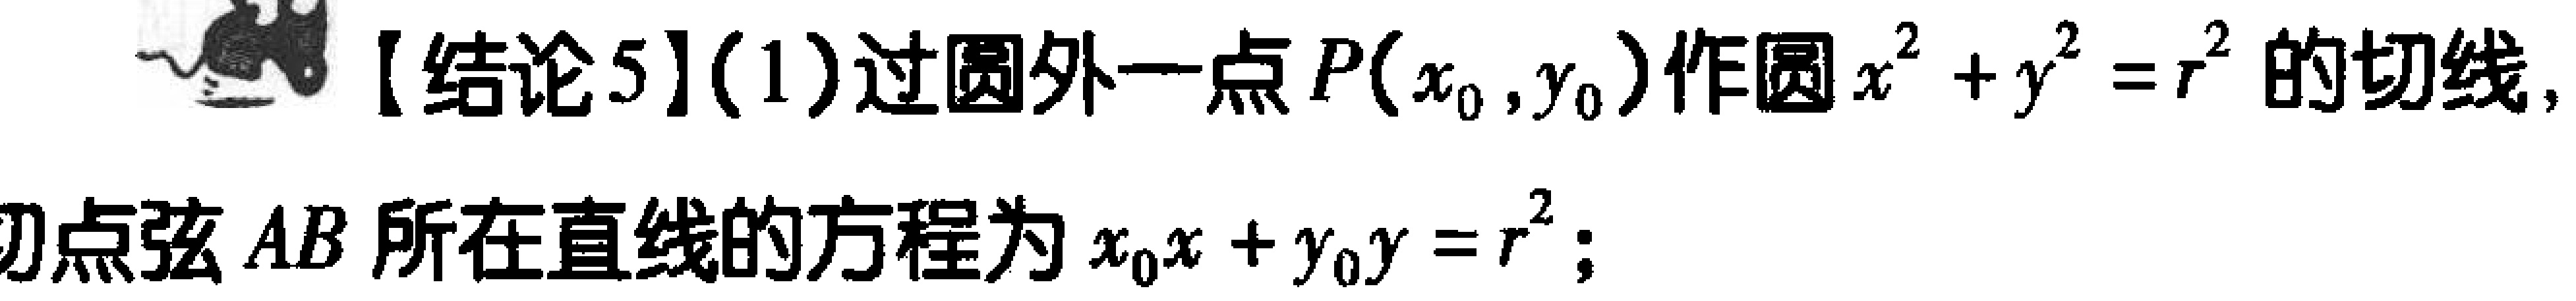
【结论5】(1)过圆外一点\(P(x_{0},y_{0})\)作圆\(x^{2}+y^{2}=r^{2}\)的切线,切点弦\(AB\)所在直线的方程为\(x_{0}x + y_{0}y = r^{2}\);